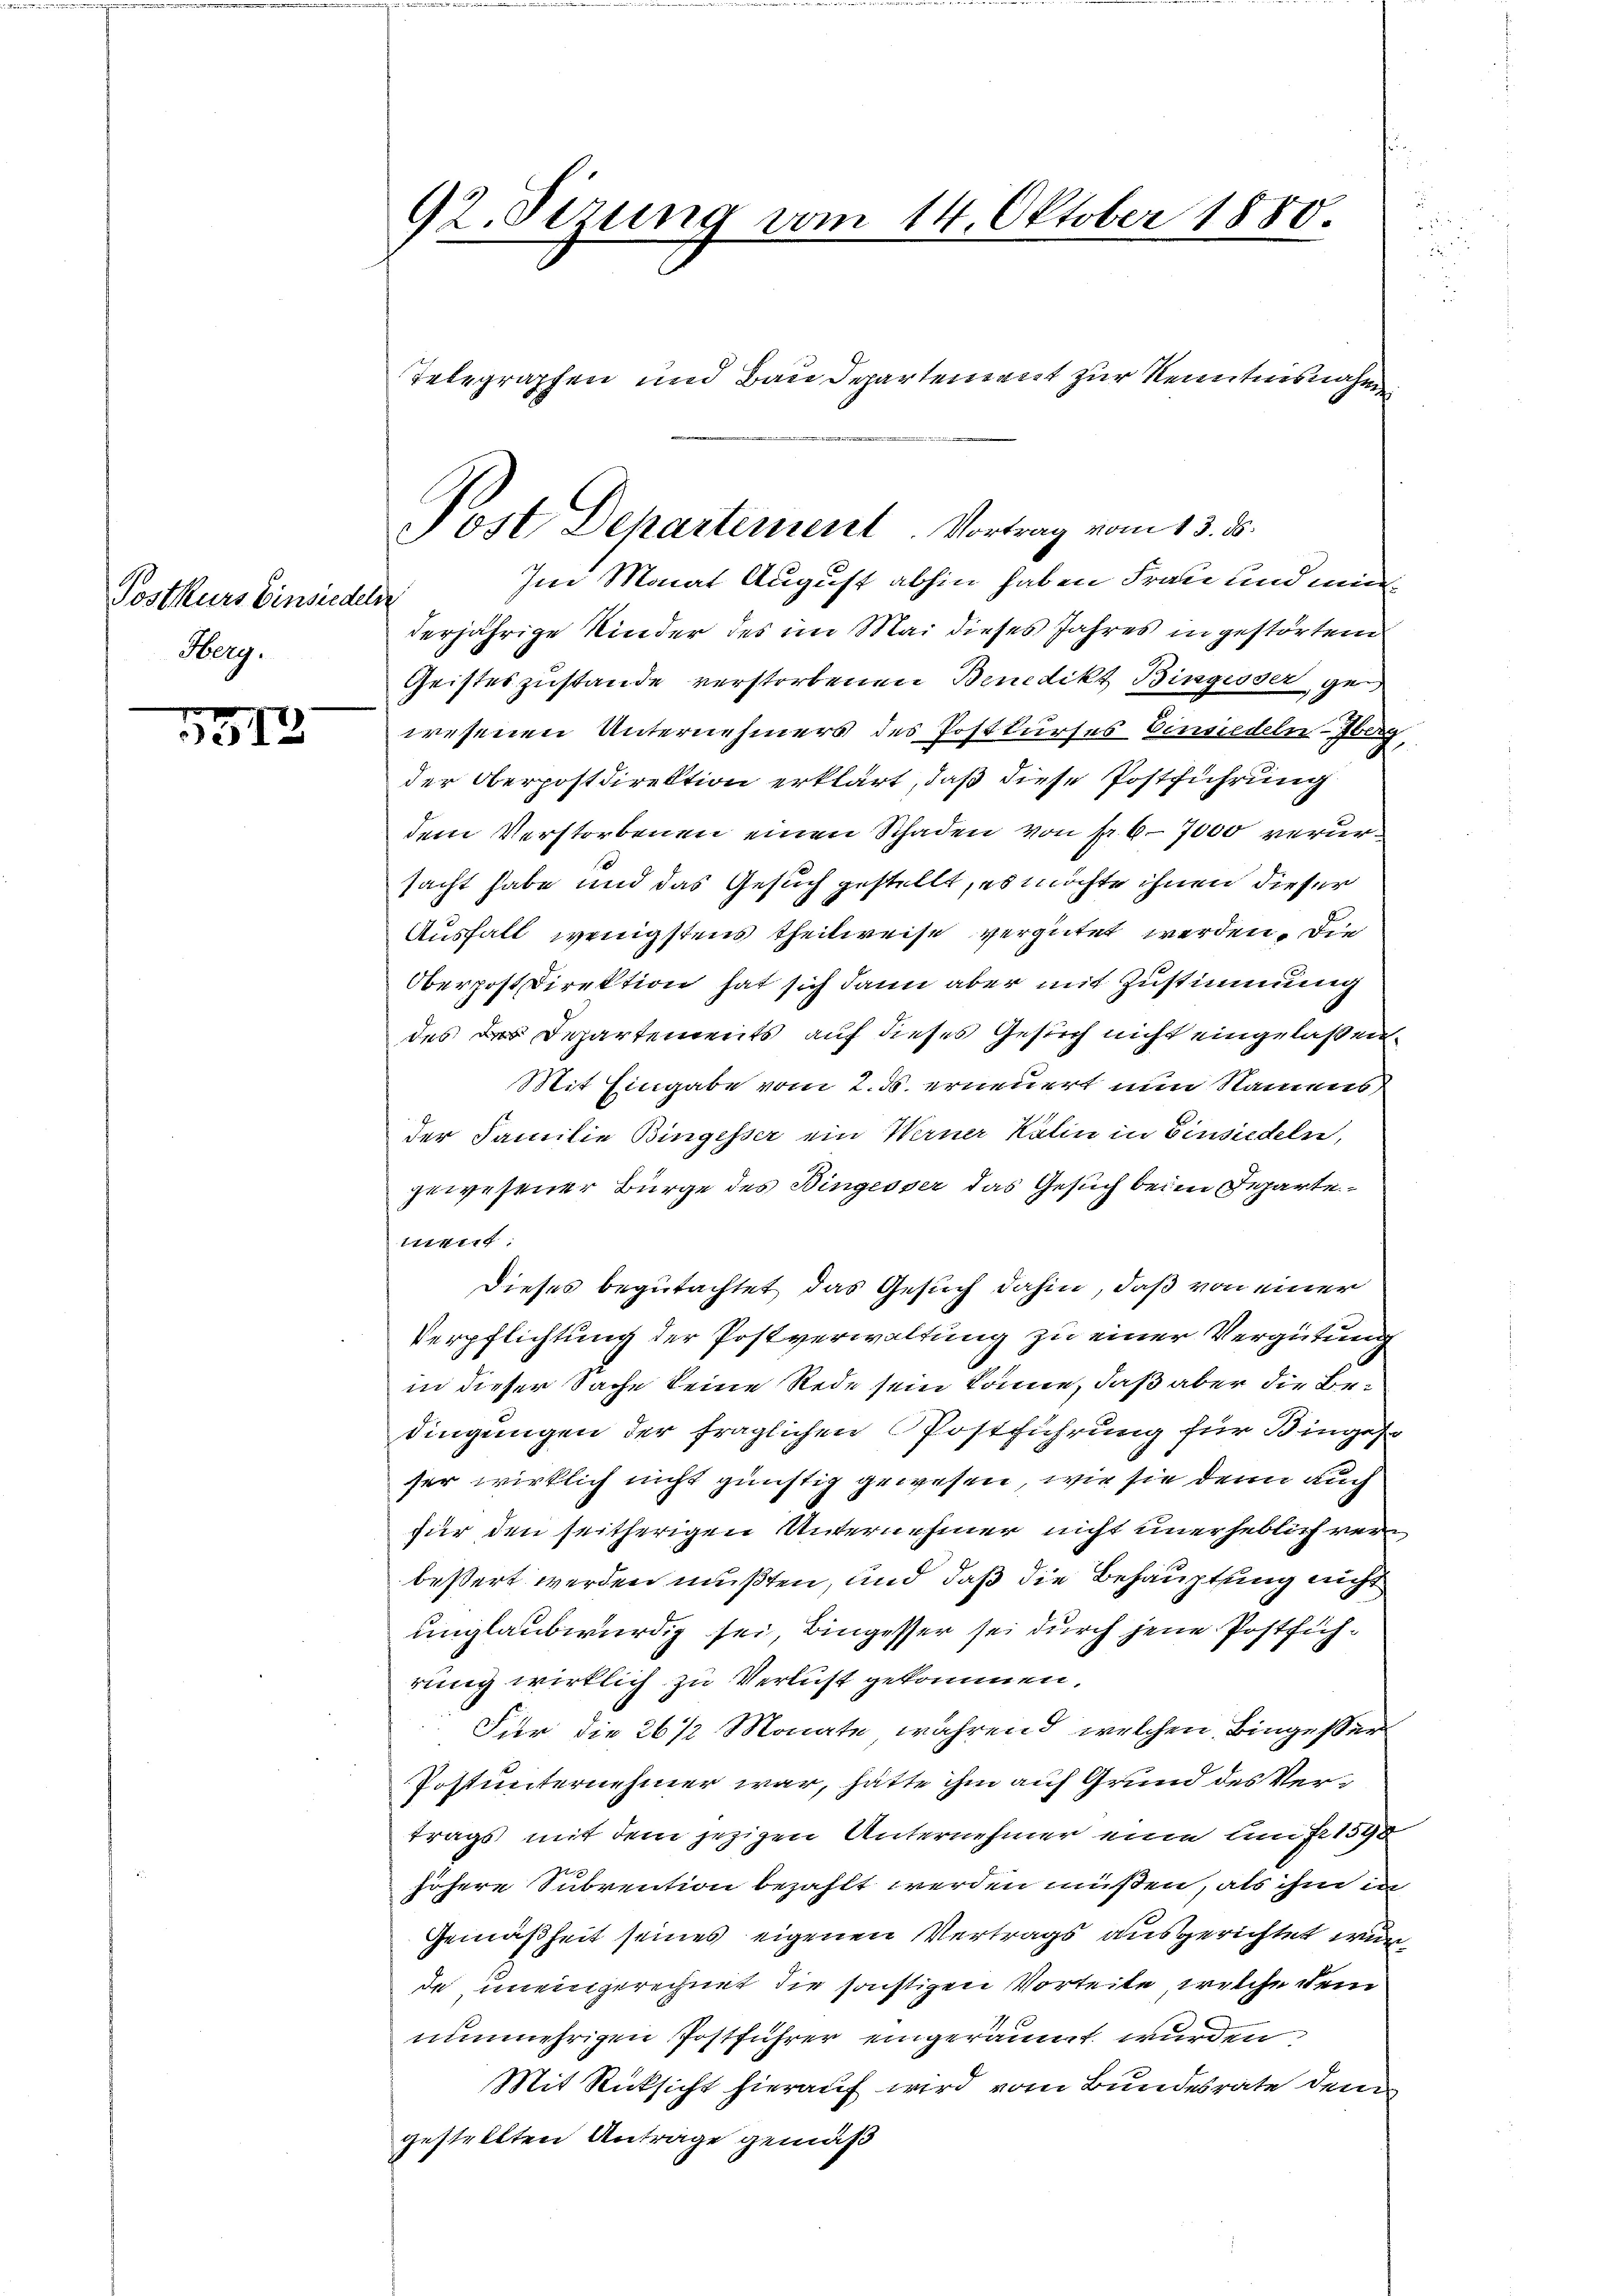
Postkurs Einsiedel
Herg.

513

derjährige Kinder des im Mai dieses Jahres in gestörten
Geisteszustande verstorbenen Benedikt Bingesser gewesenen Unternehmers des Postkurses Einsiedeln be
der Oberpostdirektion erklärt, daß diese Postführung
dem Verstorbenen einen Schaden von sr 6-7000 verur¬
1
sacht habe und das Gesuch gestellt, es möchte ihnen dieser
Ausfall wenigstens theilweise vergütet werden. Die
Oberpostdirektion hat sich dann aber mit Zustimmung
des des Departements auf dieses Gesuch nicht eingelaßen.
Mit Eingabe vom 2. d. erneuert nun Namens
der Familie Bingesser ein Werner Kälin in Einsiedeln,
gewesener Bürge des Bingesser das Gesuch beim Departeent:
Dieses begutachtet das Gesuch dahin, daß von einer
Verpflichtung der Postverwaltung zu einer Vergütung
in dieser Sache keine Rede sein könne, daß aber die Bedingenigen der fraglichen Postführung für Binges
ser wirklich nicht günstig gewesen, wie sie denn auch
für den seitherigen Unternehmer nicht unerheblich verbeßert werden mußten, und daß die Behauptung nicht
unglaubwürdig sei, Bingesser sei durch jene Postfichrung wirklich zu Verlust gekommen,
Für die 26 1/2 Monate während welchen Bingesser
Postunternehmer war, hätte ihm auf Grund des Vertrags mit dem jezigen Unternehmer eine laufe 1598
höhere Subvention bezahlt werden müßen, als ihm in
Gemäßheit seines eigenen Vertrags ausgerichtet wurda uneingerechnet die sonstigen Vorteile, welche dem
nunmehrigen Postführer eingeräumt wurden.
Mit Rücksicht hierauf wird vom Bundesrate dem
gestellten Anträge gemäß

92. Sitzung vom 14. Oktober 1880.

Telegraphen und Baudepartement zur Kenntnisnahme

Post Departement. Vortrag vom 13. d.
Im Monat August abhin haben Frau und mit¬